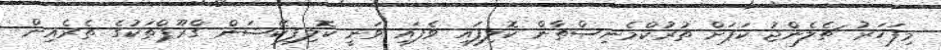
މިފަހަރު ޗެލެންޖު ކަޕަށް ތުރުކްމެނިސްތާން ކޮލިފައި ވެފައި ވަނީ ކޮލިފިކޭޝަން ގްރޫޕްތަކުގެ ތެރެއިން